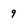
Character: 9